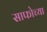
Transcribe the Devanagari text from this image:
साफोच्या